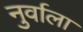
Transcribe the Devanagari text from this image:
नुर्वाला